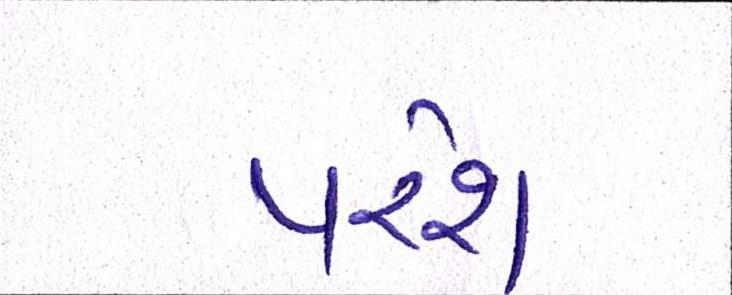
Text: પરેશ